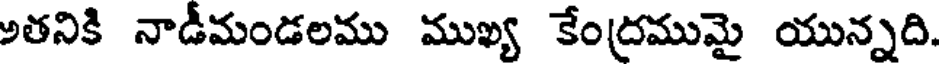
అతనికి నాడీమండలము ముఖ్య కేంద్రముమై యున్నది.